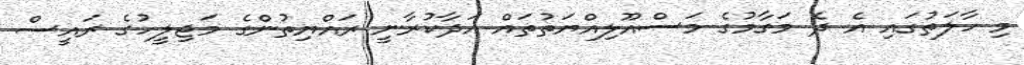
މި ހާލަތުގައި އެ ދެ މަގާމުގެ މަސްއޫލިއްޔަތުތައް އަދާކުރާނީ ރައްޔިތުންގެ މަޖިލީހުގެ ރައީސް